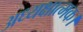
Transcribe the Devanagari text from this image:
अध्यक्षात्मक।